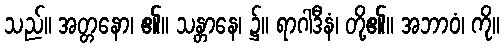
သည်။ အတ္တနော၊ ၏။ သန္တာနေ၊ ၌။ ရာဂါဒီနံ၊ တို့၏။ အဘာဝံ၊ ကို။